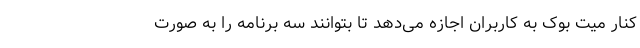
کنار میت بوک به کاربران اجازه می‌دهد تا بتوانند سه برنامه را به صورت